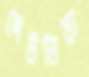
দেউলিয়া